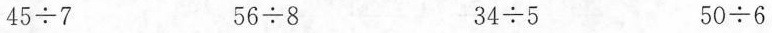
$$4 5 \div 7$$ $$5 6 \div 8$$ $$3 4 \div 5$$ $$5 0 \div 6$$